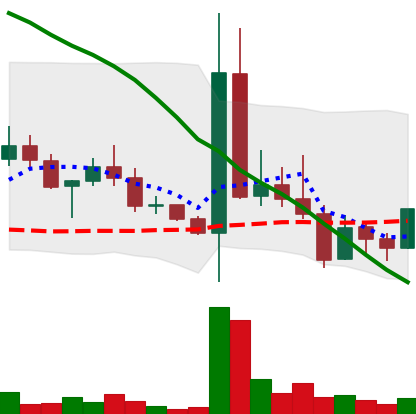
Ticker: DOGE-USD
Chart end date: 2022-05-04
Forward return: -22.815%
Label: down_7plus